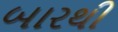
બારથી